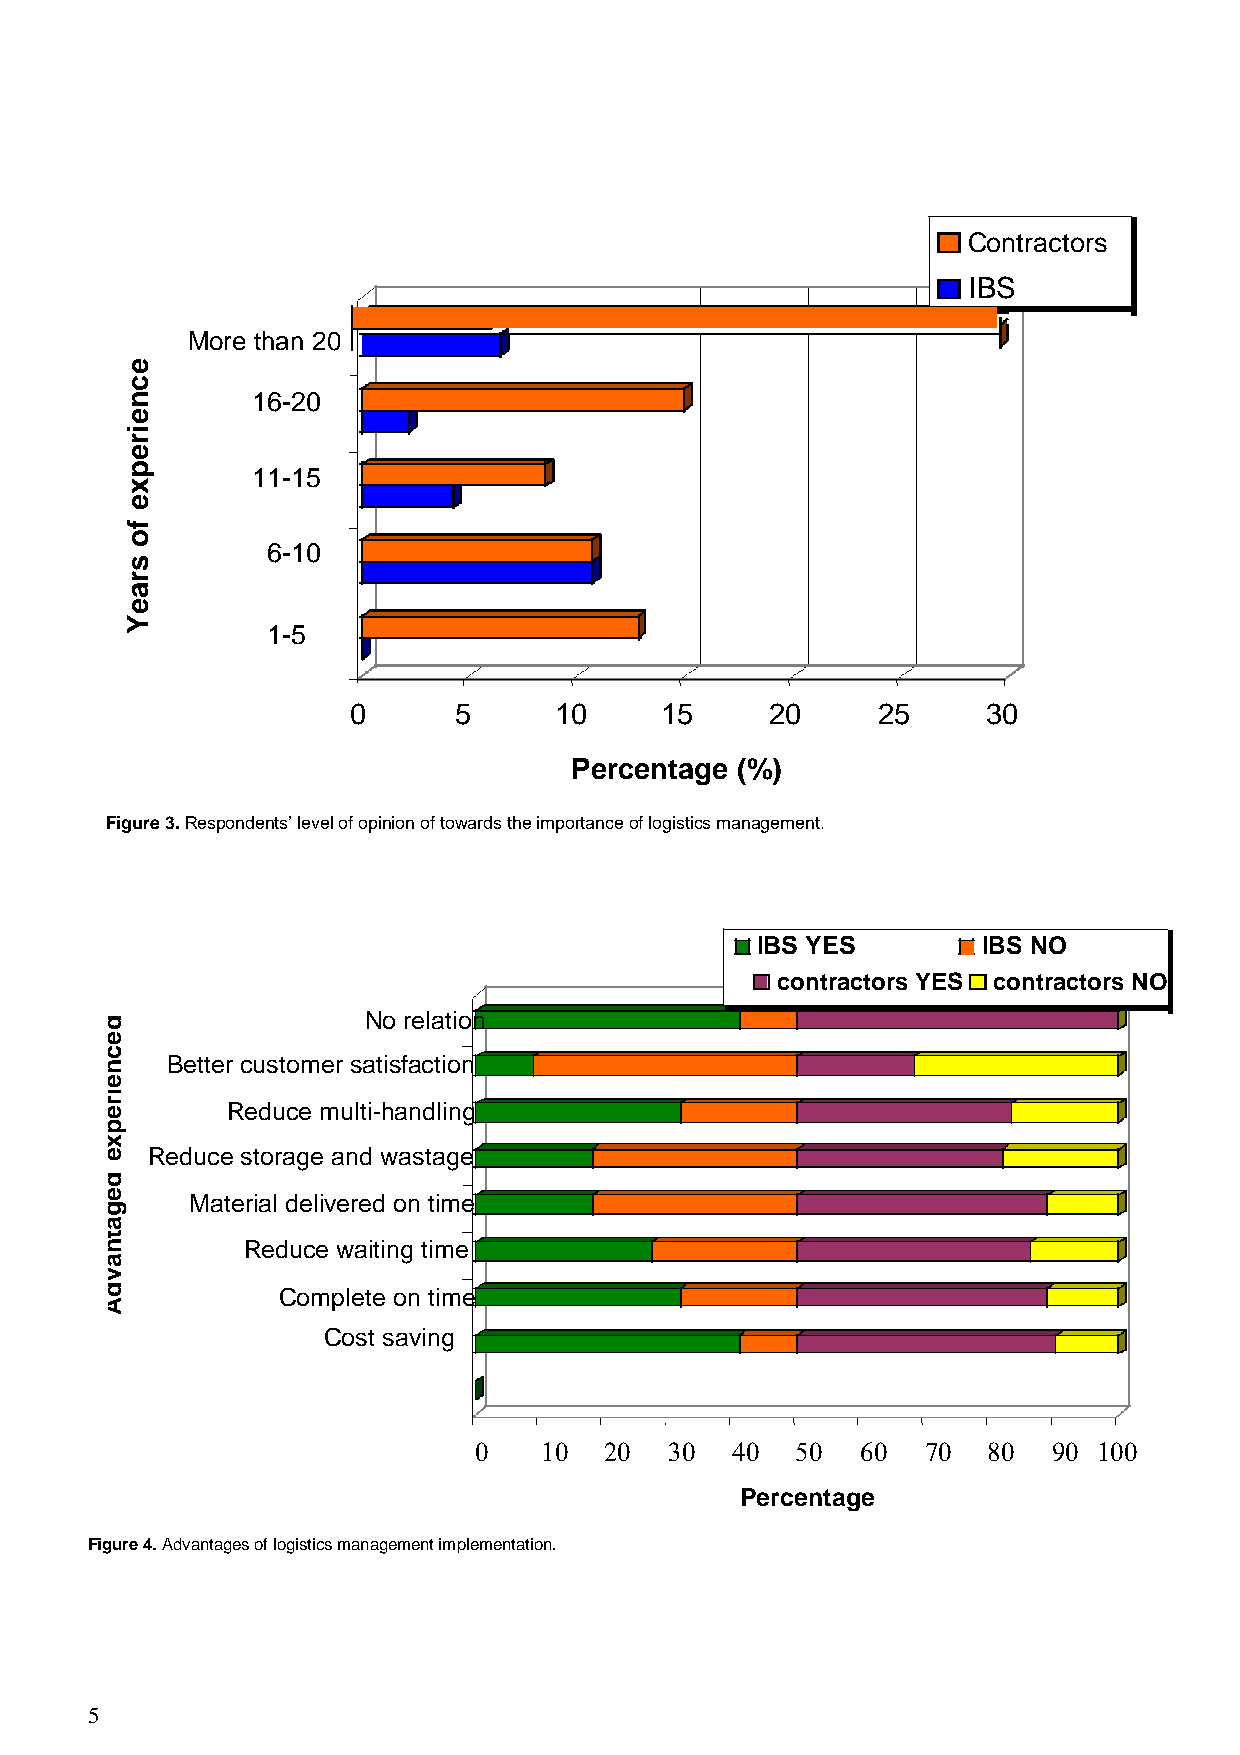
Contractors
 IBS
 More than 20
 e
 c
 n        16-20
 e
 i
 r
 e
 p        11-15
 x
 e
 f
 o
 6-10
 s
 r
 a
 e
 Y
 1-5
 0      5      10     15     20     25     30
 Percentage (%)
 Figure 3. Respondents’ level of opinion of towards the importance of logistics management.
 IBS YES        IBS NO
 contractors YES contractors NO
 d                No relation
 e
 c
 n   Better customer satisfaction
 e
 i
 r e     Reduce multi-handling
 p
 x
 e  Reduce storage and wastage
 d
 e
 g
 Material delivered on time
 a
 t
 n        Reduce waiting time
 a
 v
 d          Complete on time
 A
 Cost saving
 0    10  20  30  40   50  60  70  80   90 100
 Percentage
 Figure 4. Advantages of logistics management implementation.
 5